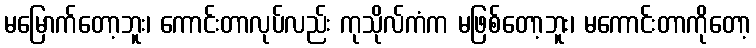
မမြောက်တော့ဘူး၊ ကောင်းတာလုပ်လည်း ကုသိုလ်ကံက မဖြစ်တော့ဘူး၊ မကောင်းတာကိုတော့